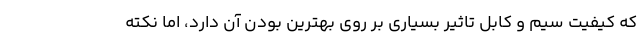
که کیفیت سیم و کابل تاثیر بسیاری بر روی بهترین بودن آن دارد، اما نکته